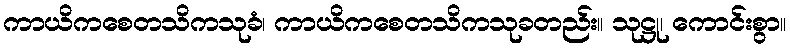
ကာယိကစေတသိကသုခံ၊ ကာယိကစေတသိကသုခတည်း။ သုဋ္ဌု၊ ကောင်းစွာ။